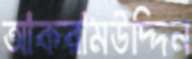
আকরামউদ্দিন